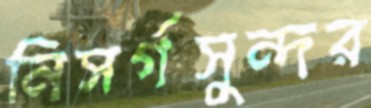
নিসর্গসুন্দর